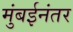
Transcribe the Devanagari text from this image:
मुंबईनंतर